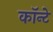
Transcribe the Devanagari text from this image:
कॉन्टे